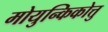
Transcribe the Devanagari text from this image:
मोयुन्किकोत्तु